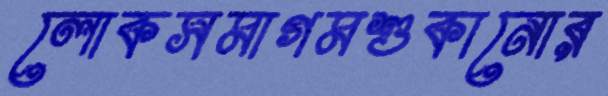
লোকসমাগমশুকানোর